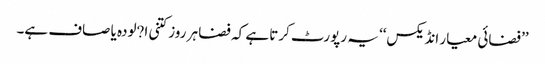
’’فضائی معیار انڈیکس‘‘ یہ رپورٹ کرتا ہے کہ فضا ہر روز کتنی ا?لودہ یا صاف ہے۔